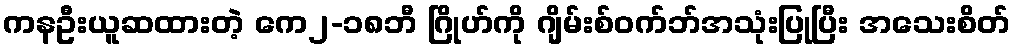
ကနဦးယူဆထားတဲ့ ကေ၂-၁၈ဘီ ဂြိုဟ်ကို ဂျိမ်းစ်ဝက်ဘ်အသုံးပြုပြီး အသေးစိတ်